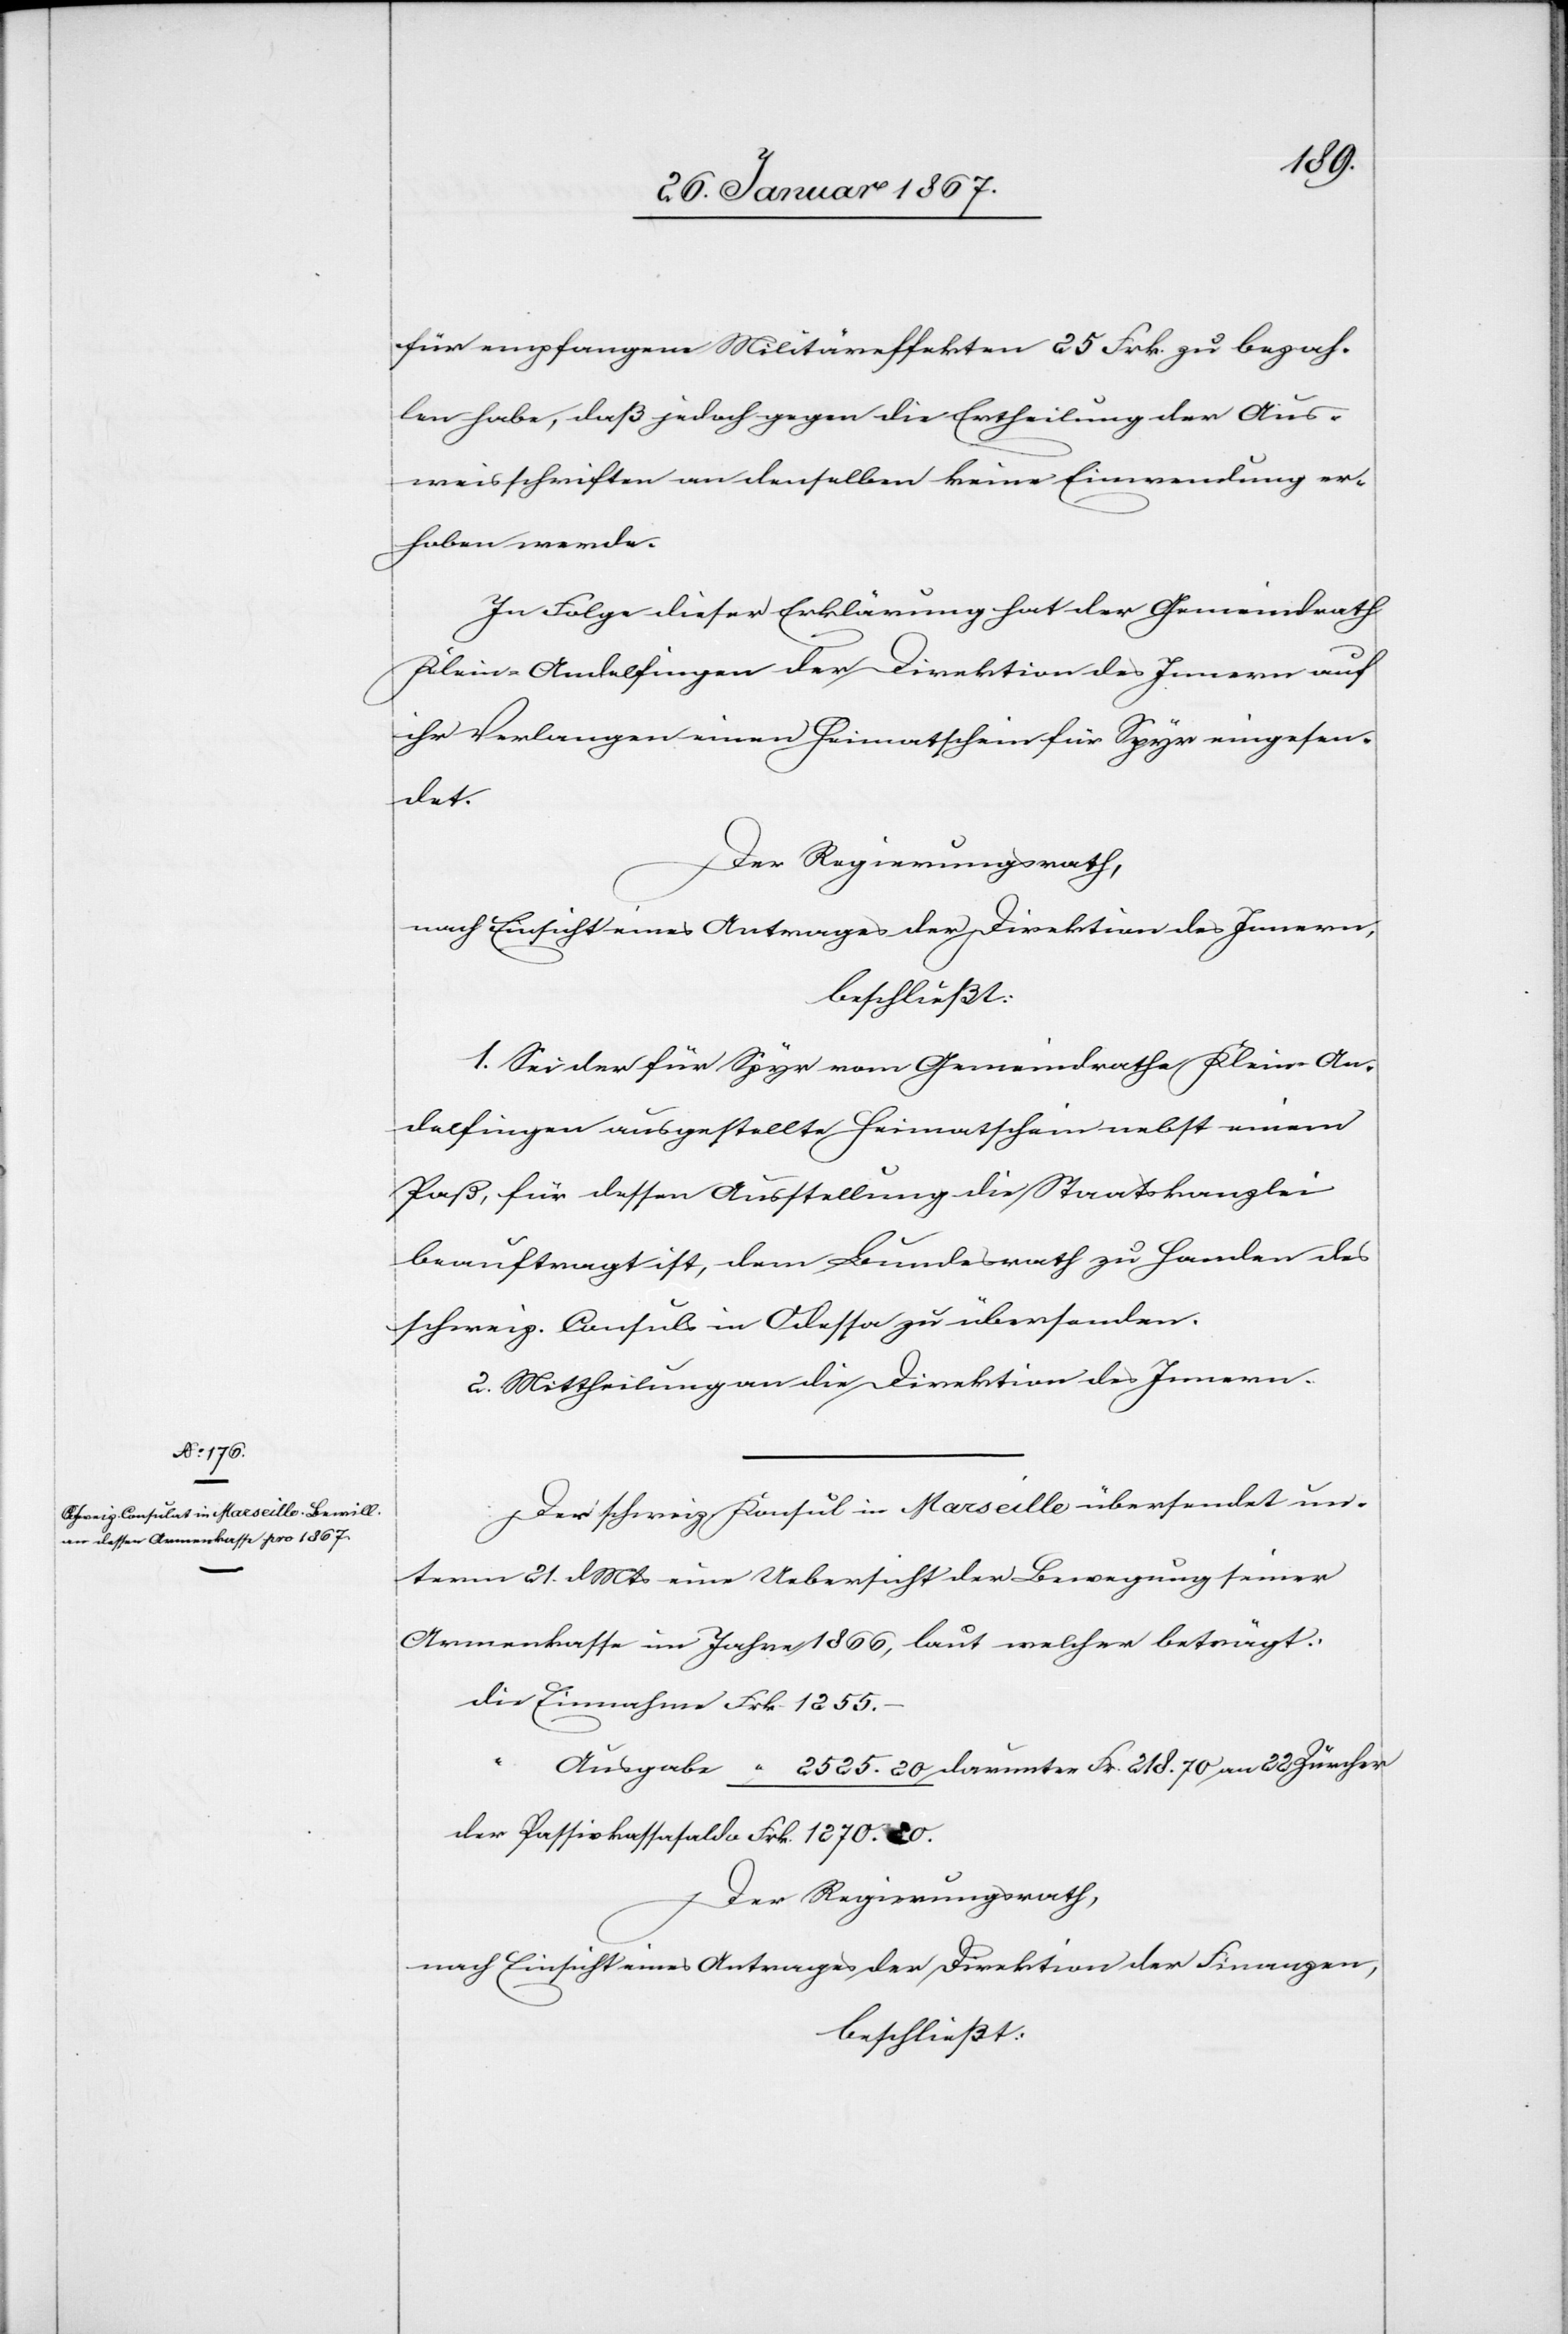
für empfangene Militäreffekten 25 Frk. zu bezah¬
len habe, daß jedoch gegen die Ertheilung der Aus¬
weisschriften an denselben keine Einwendung er¬
hoben werde.
In Folge dieser Erklärung hat der Gemeinderath
Klein-Andelfingen der Direktion des Innern auf
ihr Verlangen einen Heimatschein für Spyr eingesen¬
det.
Der Regierungsrath,
nach Einsicht eines Antrages der Direktion des Innern,
beschließt:
1. Sei der für Spyr vom Gemeinderathe Klein-An¬
delfingen ausgestellte Heimatschein nebst einem
Paß, für dessen Ausstellung die Staatskanzlei
beauftragt ist, dem Bundesrath zu Handen des
schweiz. Consuls in Odessa zu übersenden.
2. Mittheilung an die Direktion des Innern.
Der schweiz. Konsul in Marseille übersendet un¬
term 21. d. Mts eine Uebersicht der Bewegung seiner
Armenkasse im Jahre 1866, laut welcher beträgt:
die 	Einnahme 	Frk. 	1255.–
“	Ausgabe	 “	2525. 20 darunter Fr. 218 an 22 Zürcher
der Passivkassensaldo Frk.	1270. 80
Der Regierungsrath,
nach Einsicht eines Antrages der Direktion der Finanzen,
beschließt: